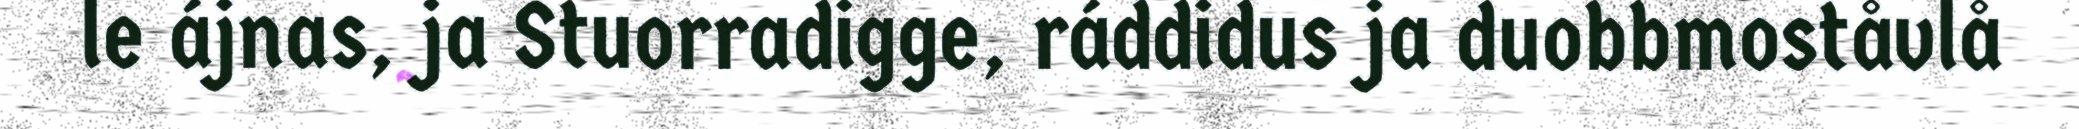
le ájnas, ja Stuorradigge, ráddidus ja duobbmoståvlå